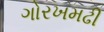
ગોરખમઢી